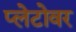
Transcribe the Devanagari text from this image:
प्लेटोवर